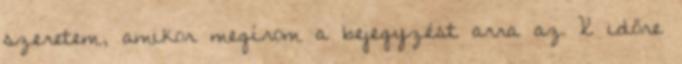
szeretem, amikor megírom a bejegyzést arra az X időre